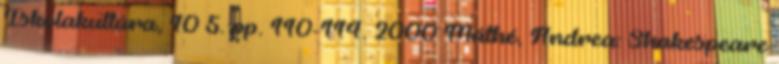
Iskolakultúra, 10 5. pp. 110-114. 2000 Máthé, Andrea: Shakespeare